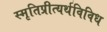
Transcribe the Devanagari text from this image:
स्मृतिप्रीत्यर्थविविध